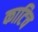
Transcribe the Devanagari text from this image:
काटिच